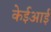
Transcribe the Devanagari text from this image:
केईआई